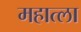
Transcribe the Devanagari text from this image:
महात्ला